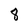
Character: 8